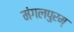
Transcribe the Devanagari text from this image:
मंगलपुरम्